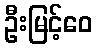
ဦးမြင့်ဝေ